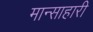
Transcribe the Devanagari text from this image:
मान्साहारी